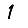
Digit: 1